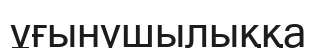
ұғынушылыққа